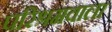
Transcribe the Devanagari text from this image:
परिश्रमवाला